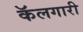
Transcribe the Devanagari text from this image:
कॅलगारी